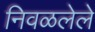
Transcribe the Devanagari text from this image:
निवळलेले